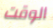
الوقت